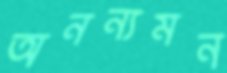
অনন্যমন